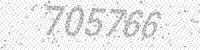
Solution: 705766